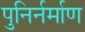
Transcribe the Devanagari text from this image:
पुनिर्नर्माण